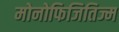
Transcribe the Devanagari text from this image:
मोनोफिजितिज्म